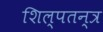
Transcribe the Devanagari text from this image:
शिल्पतन्त्र